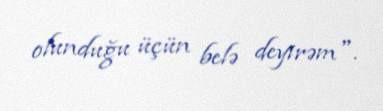
olunduğu üçün belə deyirəm".